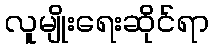
လူမျိုးရေးဆိုင်ရာ